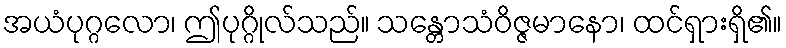
အယံပုဂ္ဂလော၊ ဤပုဂ္ဂိုလ်သည်။ သန္တောသံဝိဇ္ဇမာနော၊ ထင်ရှားရှိ၏။